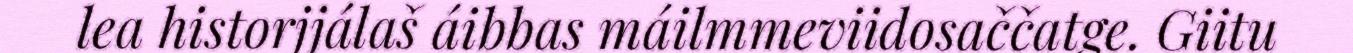
lea historjjálaš áibbas máilmmeviidosaččatge. Giitu